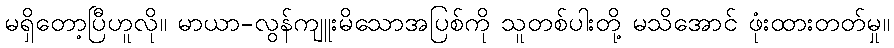
မရှိတော့ပြီဟူလို။ မာယာ-လွန်ကျူးမိသောအပြစ်ကို သူတစ်ပါးတို့ မသိအောင် ဖုံးထားတတ်မှု။